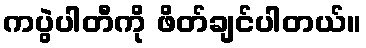
ကပွဲပါတီကို ဖိတ်ချင်ပါတယ်။